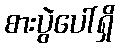
စားပွဲပေါ်ရှိ